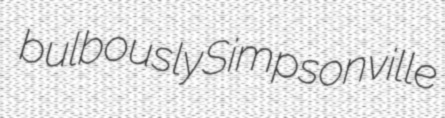
bulbously Simpsonville